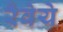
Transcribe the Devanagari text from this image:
रैवेये